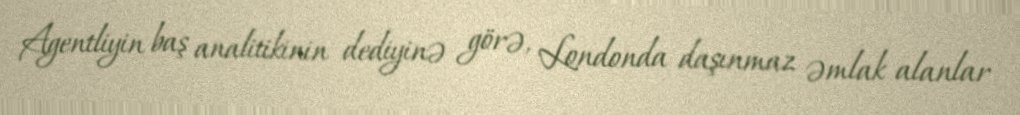
Agentliyin baş analitikinin dediyinə görə, Londonda daşınmaz əmlak alanlar